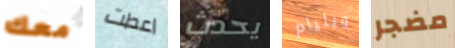
معك اعطت يحدث ويليام مضجر